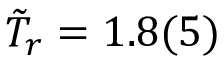
\tilde { T } _ { r } = 1 . 8 ( 5 )